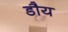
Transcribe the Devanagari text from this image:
डौय